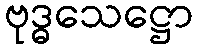
ဗုဒ္ဓသေဋ္ဌော